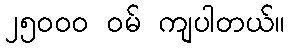
၂၅၀၀၀ ဝမ် ကျပါတယ်။